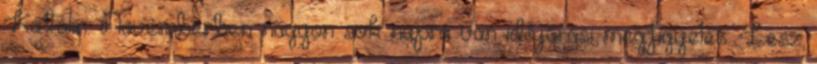
Katalin. Novemberben nagyon sok napra van időjárási megfigyelés. Lesz